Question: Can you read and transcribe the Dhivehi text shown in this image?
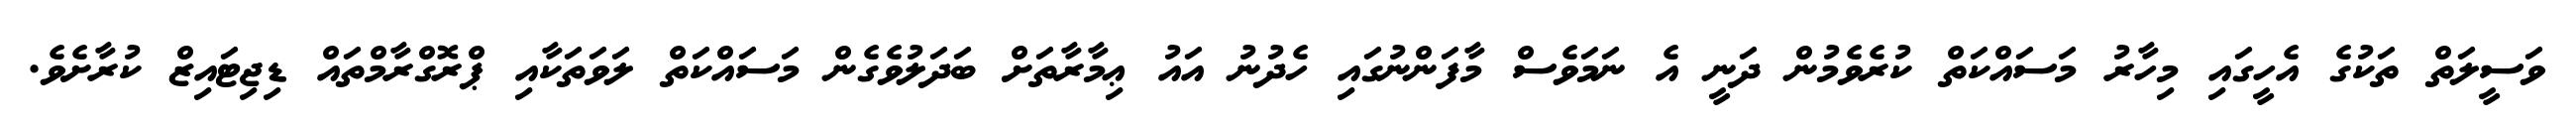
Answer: ވަސީލަތް ތަކުގެ އެހީގައި މިހާރު މަސައްކަތް ކުރެވެމުން ދަނީ އެ ނަމަވެސް މާފަންނުގައި ހެދުނު އައު ޢިމާރާތަށް ބަދަލުވެގެން މަސައްކަތް ލަވަތަކާއި ޕްރޮގްރާމްތައް ޑިޖިޓައިޒް ކުރާށެވެ.